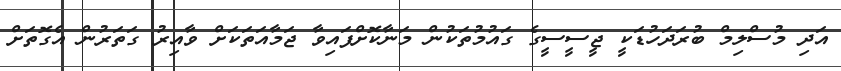
އަދި މުސްލިމް ބުރަދަހުޑަކީ ޖީސީސީގެ ގައުމުތަކުން މަނާކޮށްފައިވާ ޖަމާއަތަކަށް ވާއިރު ގަތަރުން އެގޮތަށް